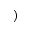
)